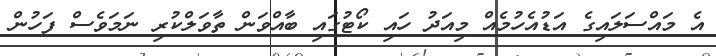
އެ މައްސަލައިގެ އަޑުއެހުމެއް މިއަދު ހައި ކޯޓުގައި ބާއްވަން ތާވަލްކުރި ނަމަވެސް ފަހުން